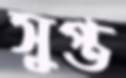
সুপ্ত